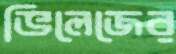
ভিলেজের